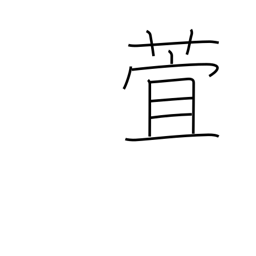
Meaning: day lily